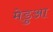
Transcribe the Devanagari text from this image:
मेडुआ